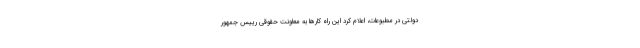
دولتی در مطبوعات، اعلام کرد این راه کارها به معاونت حقوقی رییس جمهور